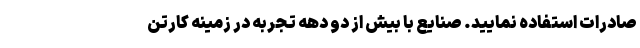
صادرات استفاده نمایید. صنایع با بیش از دو دهه تجربه در زمینه کارتن